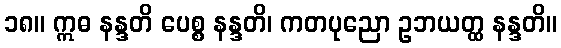
၁၈။ ဣဓ နန္ဒတိ ပေစ္စ နန္ဒတိ၊ ကတပုညော ဥဘယတ္ထ နန္ဒတိ။